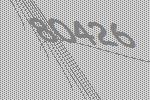
80426